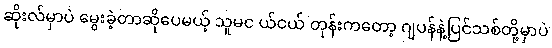
ဆိုးလ်မှာပဲ မွေးခဲ့တာဆိုပေမယ့် သူမင ယ်ငယ် တုန်းကတော့ ဂျပန်နဲ့ပြင်သစ်တို့မှာပဲ